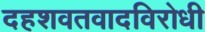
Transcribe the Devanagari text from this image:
दहशवतवादविरोधी